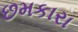
છમકારા